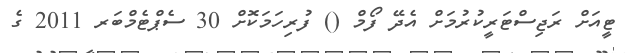
ޓީއަށް ރަޖިސްޓަރީކުރުމަށް އެދޭ ފޯމް () ފުރިހަމަކޮށް 30 ސެޕްޓެމްބަރ 2011 ގެ